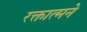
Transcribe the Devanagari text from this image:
रक्तात्मने